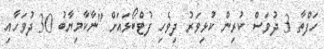
ހަފްތާ 3 ދުވަސް ކުރިން ކުޅިވަރު ދިވެހި ފުޓްބޯޅައަށް "ނާކާމިޔާބު 30 ދުވަހާއި